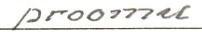
proomu